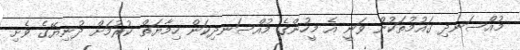
މުއްސަނދި ގައުމުތަކުން ވަނީ އެ މީހުންގެ މުއްސަނދިކަން ހިމާޔަތް ކުރުމަށް ދުނިޔޭގެ ވެށި